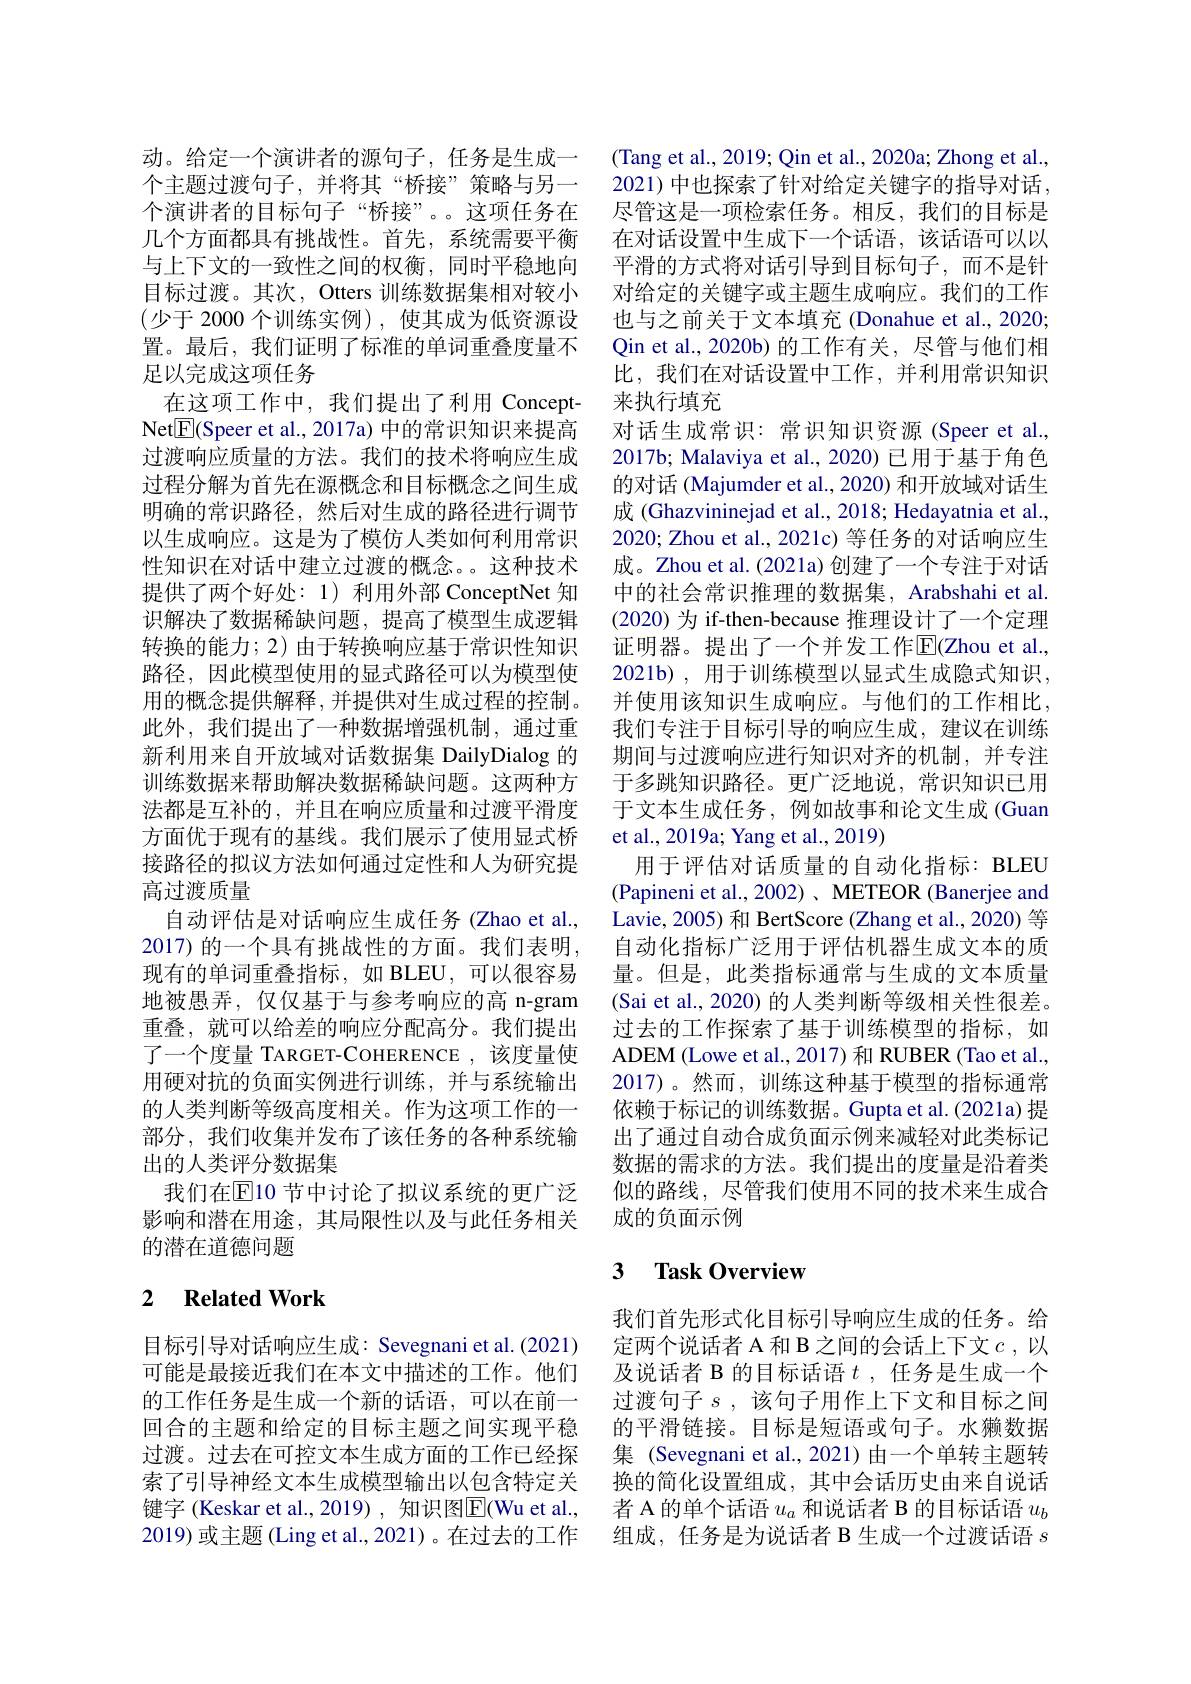
动。给定一个演讲者的源句子，任务是生成一个主题过渡句子，并将其“桥接”策略与另一个演讲者的目标句子“桥接”。。这项任务在几个方面都具有挑战性。首先，系统需要平衡与上下文的一致性之间的权衡，同时平稳地向目标过渡。其次，Otters 训练数据集相对较小(少于 2000个训练实例),使其成为低资源设置。最后，我们证明了标准的单词重叠度量不足以完成这项任务
在这项工作中，我们提出了利用 ConceptNet$\boxed{\mathrm{F}}($Speer et al., 2017a) 中的常识知识来提高过渡响应质量的方法。我们的技术将响应生成过程分解为首先在源概念和目标概念之间生成明确的常识路径，然后对生成的路径进行调节以生成响应。这是为了模仿人类如何利用常识性知识在对话中建立过渡的概念。这种技术提供了两个好处：1) 利用外部 ConceptNet 知识解决了数据稀缺问题，提高了模型生成逻辑转换的能力；2) 由于转换响应基于常识性知识路径，因此模型使用的显式路径可以为模型使用的概念提供解释，并提供对生成过程的控制。此外，我们提出了一种数据增强机制，通过重新利用来自开放域对话数据集 DailyDialog 的训练数据来帮助解决数据稀缺问题。这两种方法都是互补的，并且在响应质量和过渡平滑度方面优于现有的基线。我们展示了使用显式桥接路径的拟议方法如何通过定性和人为研究提高过渡质量
自动评估是对话响应生成任务(Zhao et al., 2017) 的一个具有挑战性的方面。我们表明， 现有的单词重叠指标，如 BLEU,可以很容易地被愚弄，仅仅基于与参考响应的高 n-gram 重叠，就可以给差的响应分配高分。我们提出了一个度量 TARGET-COHERENCE ,该度量使用硬对抗的负面实例进行训练，并与系统输出的人类判断等级高度相关。作为这项工作的一部分，我们收集并发布了该任务的各种系统输出的人类评分数据集
我们在$\overline{\mathrm{E}}$10 节中讨论了拟议系统的更广泛影响和潜在用途，其局限性以及与此任务相关的潜在道德问题

## 2 $\textbf{Related Work}$

目标引导对话响应生成：Sevegnani et al.(2021) 可能是最接近我们在本文中描述的工作。他们的工作任务是生成一个新的话语，可以在前一回合的主题和给定的目标主题之间实现平稳过渡。过去在可控文本生成方面的工作已经探索了引导神经文本生成模型输出以包含特定关键字 (Keskar et al.,2019) , 知识图$\overline{\mathrm{E}}($Wu et al., 2019) 或主题 (Ling et al., 2021)。在过去的工作

(Tang et al., 2019; Qin et al., 2020a; Zhong et al., 2021) 中也探索了针对给定关键字的指导对话， 尽管这是一项检索任务。相反，我们的目标是在对话设置中生成下一个话语，该话语可以以平滑的方式将对话引导到目标句子，而不是针对给定的关键字或主题生成响应。我们的工作也与之前关于文本填充 (Donahue et al., 2020; Qin et al.,2020b) 的工作有关，尽管与他们相比，我们在对话设置中工作，并利用常识知识来执行填充
对话生成常识：常识知识资源 (Speer et al., 2017b; Malaviya et al., 2020) 已用于基于角色的对话 (Majumder et al., 2020) 和开放域对话生成 (Ghazvininejad et al., 2018; Hedayatnia et al., 2020; Zhou et al., 2021c) 等任务的对话响应生成。Zhou et al.(2021a) 创建了一个专注于对话中的社会常识推理的数据集，Arabshahi et al. (2020) 为 if-then-because 推理设计了一个定理证明器。提出了一个并发工作$\overline{\mathrm{E}}($Zhou et al., 2021b) , 用于训练模型以显式生成隐式知识， 并使用该知识生成响应。与他们的工作相比， 我们专注于目标引导的响应生成，建议在训练期间与过渡响应进行知识对齐的机制，并专注于多跳知识路径。更广泛地说，常识知识已用于文本生成任务，例如故事和论文生成(Guan et al., 2019a; Yang et al., 2019)
用于评估对话质量的自动化指标：BLEU (Papineni et al., 2002)、METEOR (Banerjee and Lavie, 2005) 和 BertScore (Zhang et al., 2020) 等自动化指标广泛用于评估机器生成文本的质量。但是，此类指标通常与生成的文本质量(Sai et al., 2020) 的人类判断等级相关性很差。过去的工作探索了基于训练模型的指标，如ADEM (Lowe et al., 2017) 和 RUBER (Tao et al., 2017)。然而，训练这种基于模型的指标通常依赖于标记的训练数据。Gupta et al.(2021a) 提出了通过自动合成负面示例来减轻对此类标记数据的需求的方法。我们提出的度量是沿着类似的路线，尽管我们使用不同的技术来生成合成的负面示例

# 3 $\textbf{Task Overview}$

我们首先形式化目标引导响应生成的任务。给定两个说话者 A 和 B 之间的会话上下文$c$,以及说话者 B 的目标话语$t$ ,任务是生成一个过渡句子$s$,该句子用作上下文和目标之间的平滑链接。目标是短语或句子。水獭数据集 (Sevegnani et al.,2021)由一个单转主题转换的简化设置组成，其中会话历史由来自说话者 A 的单个话语$u_a$和说话者 B 的目标话语$u_b$ 组成，任务是为说话者 B 生成一个过渡话语$s$